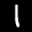
Label: 1